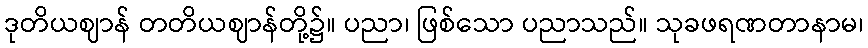
ဒုတိယဈာန် တတိယဈာန်တို့၌။ ပညာ၊ ဖြစ်သော ပညာသည်။ သုခဖရဏတာနာမ၊